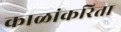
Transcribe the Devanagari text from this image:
काळांकरिता